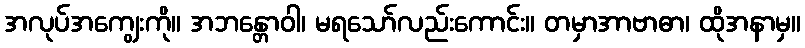
အလုပ်အကျွေးကို။ အဘန္တောဝါ၊ မရသော်လည်းကောင်း။ တမှာအာဗာဓာ၊ ထိုအနာမှ။